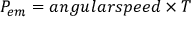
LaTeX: P _ { e m } = { a n g u l a r s p e e d \times T }